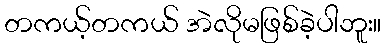
တကယ့်တကယ် အဲလိုမဖြစ်ခဲ့ပါဘူး။